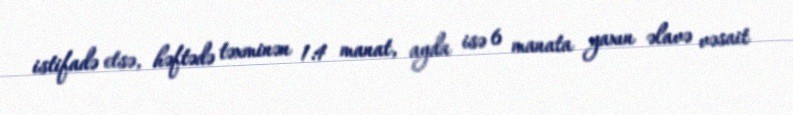
istifadə etsə, həftədə təxminən 1.4 manat, ayda isə 6 manata yaxın əlavə vəsait